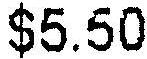
$5.50